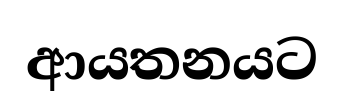
ආයතනයට